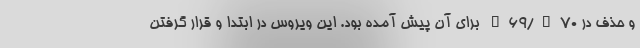
و حذف در H69/V70 برای آن پیش آمده بود. این ویروس در ابتدا و قرار گرفتن